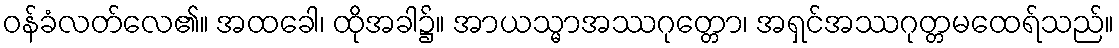
ဝန်ခံလတ်လေ၏။ အထခေါ၊ ထိုအခါ၌။ အာယသ္မာအဿဂုတ္တော၊ အရှင်အဿဂုတ္တမထေရ်သည်။